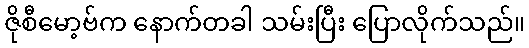
ဇိုစီမော့ဗ်က နောက်တခါ သမ်းပြီး ပြောလိုက်သည်။